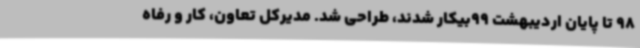
98 تا پایان اردیبهشت 99بیکار شدند، طراحی شد. مدیرکل تعاون، کار و رفاه